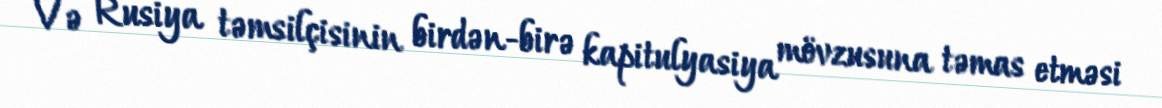
Və Rusiya təmsilçisinin birdən-birə kapitulyasiya mövzusuna təmas etməsi